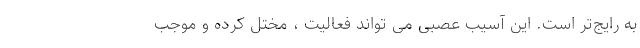
به رایج‌تر است. این آسیب عصبی می تواند فعالیت ، مختل کرده و موجب